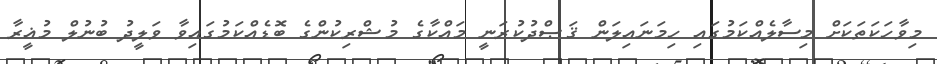
މިވާހަކަތަކަށް މިސާލެއްކަމުގައި ހިމަނައިލަން ޤަޞްދުކުރަނީ މައްކާގެ މުޝްރިކުންގެ ބޮޑެއްކަމުގައިވާ ވަލީދު ބުނުލް މުޣީރާ